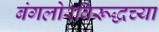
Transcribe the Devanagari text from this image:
बंगलोरविरूद्धच्या